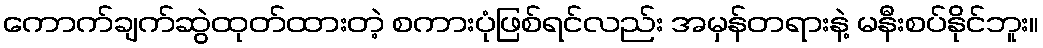
ကောက်ချက်ဆွဲထုတ်ထားတဲ့ စကားပုံဖြစ်ရင်လည်း အမှန်တရားနဲ့ မနီးစပ်နိုင်ဘူး။